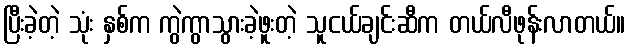
ပြီးခဲ့တဲ့ သုံး နှစ်က ကွဲကွာသွားခဲ့ဖူးတဲ့ သူငယ်ချင်းဆီက တယ်လီဖုန်းလာတယ်။